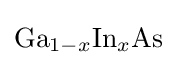
{\mathrm {Ga} }_{1-x}{\mathrm {In} }_{x}\mathrm {As}